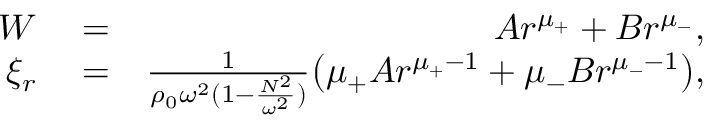
\begin{array} { r l r } { W } & { { } = } & { A r ^ { \mu _ { + } } + B r ^ { \mu _ { - } } , } \\ { \xi _ { r } } & { { } = } & { \frac { 1 } { \rho _ { 0 } \omega ^ { 2 } ( 1 - \frac { N ^ { 2 } } { \omega ^ { 2 } } ) } \big ( \mu _ { + } A r ^ { \mu _ { + } - 1 } + \mu _ { - } B r ^ { \mu _ { - } - 1 } \big ) , } \end{array}